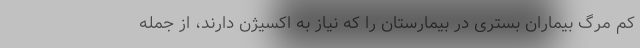
کم مرگ بیماران بستری در بیمارستان را که نیاز به اکسیژن دارند، از جمله